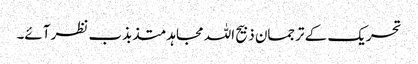
تحریک کے ترجمان ذبیح اللہ مجاہد متذبذب نظر آئے۔